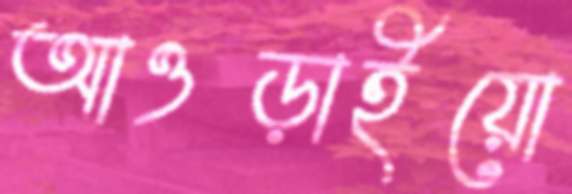
আওড়াইয়ো